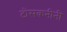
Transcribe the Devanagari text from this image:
टोसकनीनी